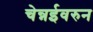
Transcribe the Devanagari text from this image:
चेन्नईवरुन